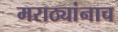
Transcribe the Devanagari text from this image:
मराठ्यांनाच